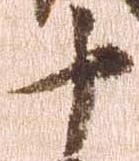
十